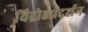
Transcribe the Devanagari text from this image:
विद्रोहप्रदर्शन